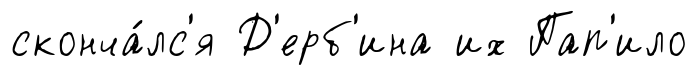
сконча́лс'я Д'ерб'ина их Пап'ило